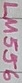
Text: LM556